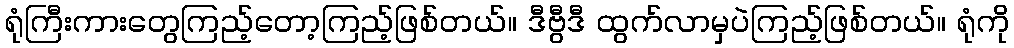
ရုံကြီးကားတွေကြည့်တော့ကြည့်ဖြစ်တယ်။ ဒီဗွီဒီ ထွက်လာမှပဲကြည့်ဖြစ်တယ်။ ရုံကို